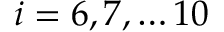
i = 6 , 7 , \hdots 1 0